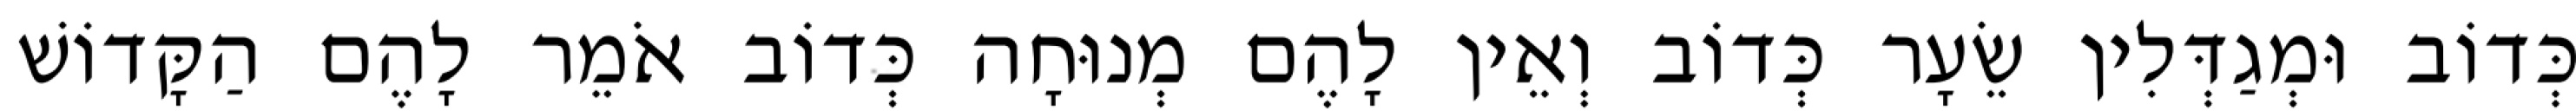
כְּדוֹב וּמְגַדְּלִין שֵׂעָר כְּדוֹב וְאֵין לָהֶם מְנוּחָה כְּדוֹב אֹמֵר לָהֶם הַקָּדוֹשׁ